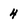
Character: 4